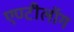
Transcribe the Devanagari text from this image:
एण्टीलॉग